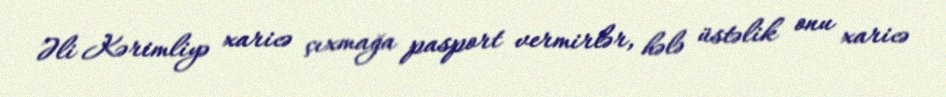
Əli Kərimliyə xaricə çıxmağa pasport vermirlər, hələ üstəlik onu xaricə